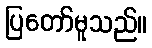
ပြတော်မူသည်။